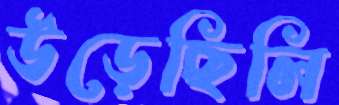
উড়েছিলি